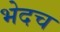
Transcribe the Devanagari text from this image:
भेदच